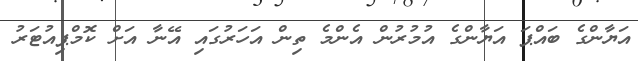
އަޔާންގެ ބައްޕަ އަޔާންގެ އުމުރުން އެންމެ ތިން އަހަރުގައި އޭނާ އަށް ކޮމްޕިއުޓަރު